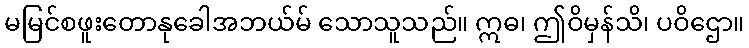
မမြင်စဖူးတောနုခေါအဘယ်မ် သောသူသည်။ ဣဓ၊ ဤဝိမှန်သိ၊ ပဝိဌော။